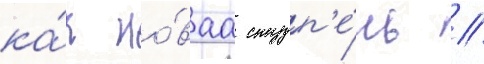
ка́к но́ваа ступ'е́нь //